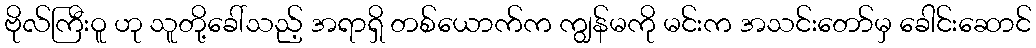
ဗိုလ်ကြီးဝူ ဟု သူတို့ခေါ်သည့် အရာရှိ တစ်ယောက်က ကျွန်မကို မင်းက အသင်းတော်မှ ခေါင်းဆောင်